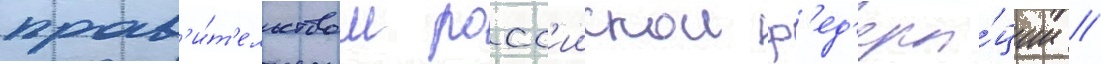
прав'и́т'ельством росс'иискои ф'ед'ера́ции //